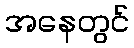
အနေတွင်